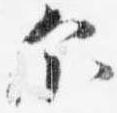
示